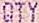
QTY